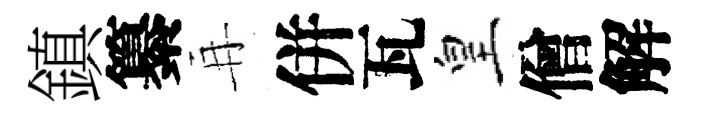
鎮纂再併瓦皇僧解